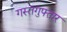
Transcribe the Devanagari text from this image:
गस्तगुफ्तार